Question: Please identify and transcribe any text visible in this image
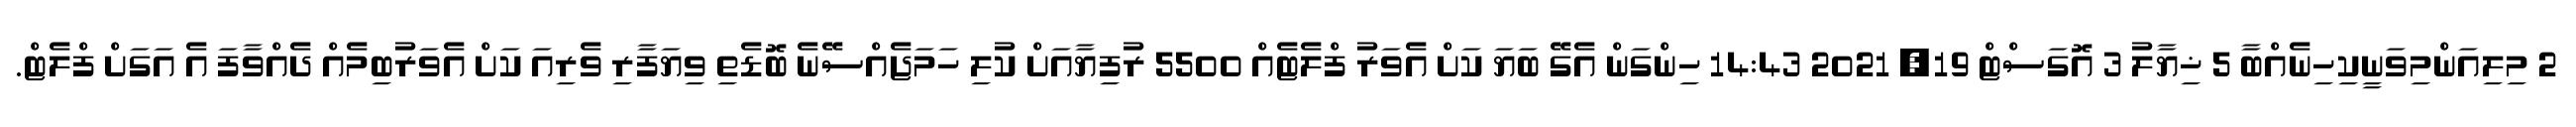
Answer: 2 މިލިއަންމިވަނީކިހިނެއްބާ 5 ޚިޔާލު 3 އޮގަސްޓް 19, 2021 14:43 ހިންގަން އެގޭ ބަޔަ ކަށް އެވަރު ފްލެޓެއް 5500 ރުފިޔާއަށް ކުލި ހަމަޖެއްސޭނެ ބޮޑެތި ވިޔަފާރި ވެރިއަ ކަށް އެވަރުބިމެއް ދެއްވާފަ އެ އަގަށް ފްލެޓް.